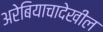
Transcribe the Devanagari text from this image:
अरेबियाचादेखील